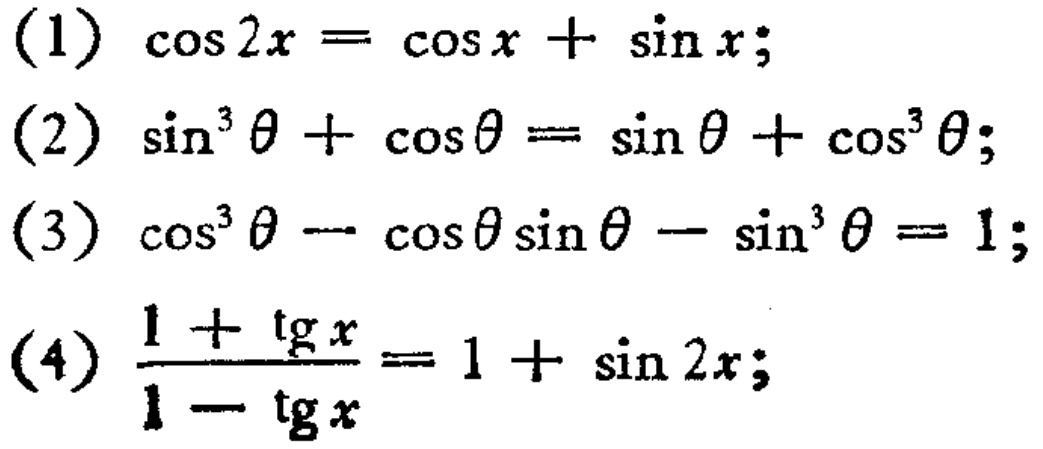
(1) \(\cos 2x = \cos x+\sin x\);
(2) \(\sin^{3}\theta+\cos\theta = \sin\theta+\cos^{3}\theta\);
(3) \(\cos^{3}\theta-\cos\theta\sin\theta-\sin^{3}\theta = 1\);
(4) \(\frac{1 + \text{tg}x}{1-\text{tg}x}=1+\sin 2x\);